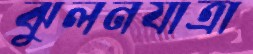
ঝুলনযাত্রা